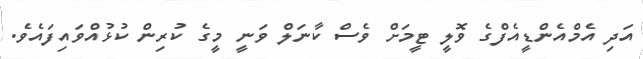
އަދި އެމްއެންޑީއެފްގެ ވޮލީ ޓީމަށް ވެސް ކާނަލް ވަނީ މީގެ ކުރިން ކުޅުއްވައިފައެވެ.